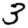
Digit: 3